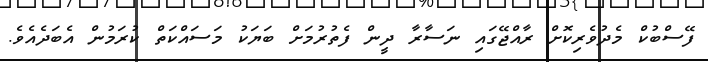
ފޭސްބުކް މެދުވެރިކޮށް ރާއްޖޭގައި ނަސާރާ ދީން ފެތުރުމަށް ބަޔަކު މަސައްކަތް ކުރަމުން އެބަދެއެވެ.